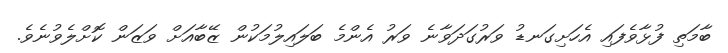
ބާމަތި ފުޅާވެފައި އެހަށިގަނޑު ވަރުގަދަވާނެ ވަރު އެންމެ ބަލައިލުމަކުން ޒޭބާއަށް ވަޒަން ކޮށްލެވުނެވެ.